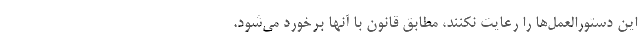
این دستورالعمل‌ها را رعایت نکنند، مطابق قانون با آنها برخورد می‌شود.